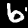
Digit: 6